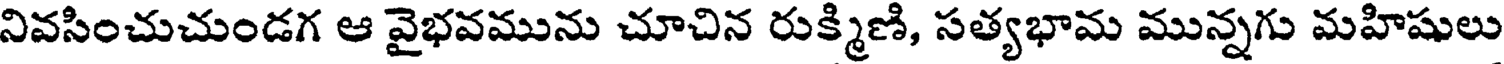
నివసించుచుండగ ఆ వైభవమును చూచిన రుక్మిణి, సత్యభామ మున్నగు మహిషులు